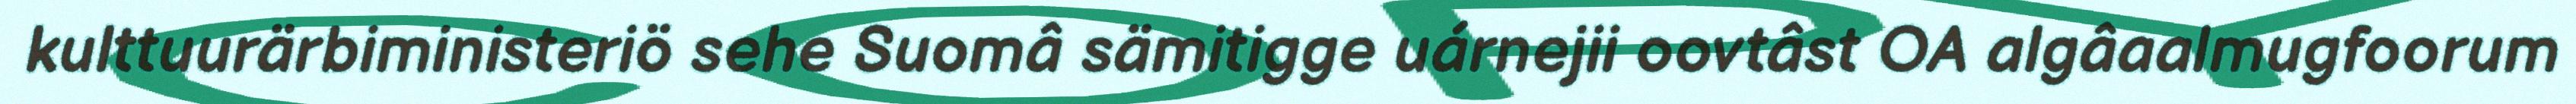
kulttuurärbiministeriö sehe Suomâ sämitigge uárnejii oovtâst OA algâaalmugfoorum